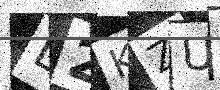
Text: D2KZUU